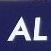
al